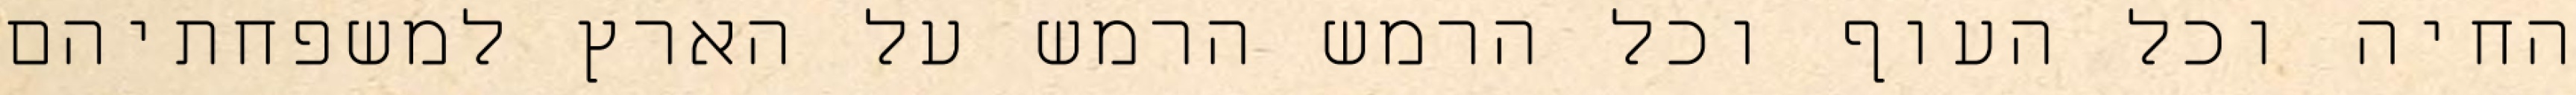
החיה וכל העוף וכל הרמש הרמש על הארץ למשפחתיהם